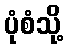
ပုံစံသို့